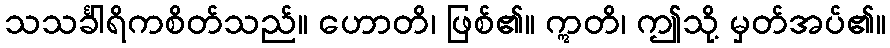
သသင်္ခါရိကစိတ်သည်။ ဟောတိ၊ ဖြစ်၏။ ဣတိ၊ ဤသို့ မှတ်အပ်၏။